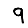
Digit: 9